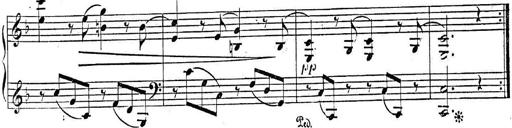
Title: 2 Sonatinas, Op.8
Composer: Hermann Goetz